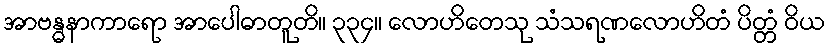
အာဗန္ဓနာကာရော အာပေါဓာတူတိ။ ၃၃၄။ လောဟိတေသု သံသရဏလောဟိတံ ပိတ္တံ ဝိယ